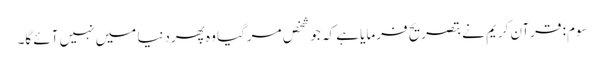
سوم: قرآن کریم نے بتصریح فرمایا ہے کہ جو شخص مرگیا وہ پھردنیا میں نہیں آئے گا۔